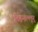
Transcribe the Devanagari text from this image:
तिरुनल्लूर्